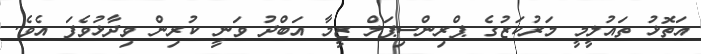
އަތޮޅު ތައުލީމީ މަރުކަޒުގެ ޕްރިންސިޕަލް ޒީމާ އަބްދު ވަނީ ކުރިން ވިދާޅުވެފަ އެވެ.